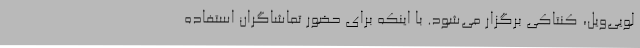
لویی‌ویل، کنتاکی برگزار می‌شود. با اینکه برای حضور تماشاگران استفاده